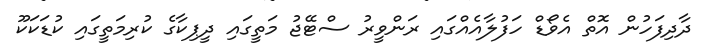
ދާދިފަހުން އޮތް އެވޯޑް ހަފުލާއެއްގައި ރަންވީރު ސްޓޭޖު މަތީގައި ދީޕިކާގެ ކުރިމަތީގައި ކުޑަކަކޫ